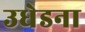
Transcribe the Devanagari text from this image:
उधेडना